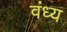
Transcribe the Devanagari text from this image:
वंध्य